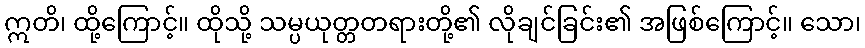
ဣတိ၊ ထို့ကြောင့်။ ထိုသို့ သမ္ပယုတ္တတရားတို့၏ လိုချင်ခြင်း၏ အဖြစ်ကြောင့်။ သော၊